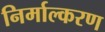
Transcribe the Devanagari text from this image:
निर्माल्करण